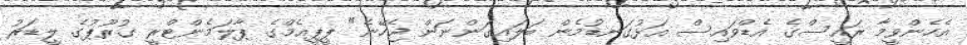
އެހެންވީމާ ރައީސްގެ އެޑްވައިސް އަޅުގަނޑުމެން ބަލައިގަންނަން ޖެހޭނެ" ޕީޕީއެމްގެ ޕާލަމެންޓްރީ ގުރޫޕުގެ ލީޑަރު